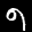
Digit: 9